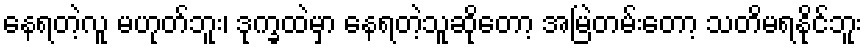
နေရတဲ့လူ မဟုတ်ဘူး၊ ဒုက္ခထဲမှာ နေရတဲ့သူဆိုတော့ အမြဲတမ်းတော့ သတိမရနိုင်ဘူး